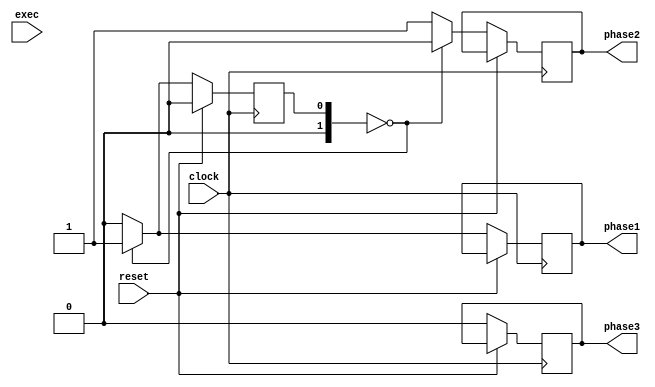
module phase_counter
(
	input clock,
	input reset,  //
	input exec,   //
	//input is_halt_commanded, //
	output reg phase1,
	output reg phase2,
	output reg phase3
);
	
	reg [1:0] count = 2'b00;
	//reg [1:0] isHalt = 1'b0;
	
	//phase
	always @(posedge clock /*or posedge reset*/) begin
		if(reset) begin 
			count <= 2'b00;
		end 
		/*else if(exec) begin
			isHalt <= ~isHalt;
		end*/
		else begin
			/*if(is_halt_commanded) begin
				isHalt <= 1'b1;
			end 
			if(isHalt) begin 
				//do nothing
			end
			else begin*/ 
				if(count == 2'b00) begin
					phase1 <= 1'b1;
					phase2 <= 1'b0;
					phase3 <= 1'b0;
					count <= 2'b01;
				end 
				else begin
					phase1 <= 1'b0;
					phase2 <= 1'b1;
					phase3 <= 1'b0;
					count <= 2'b00;
				end
				/*else if(count == 2'b01) begin
					phase1 <= 1'b0;
					phase2 <= 1'b1;
					phase3 <= 1'b0;
					count <= 2'b10;
				end 
				else begin 
					phase1 <= 1'b0;
					phase2 <= 1'b0;
					phase3 <= 1'b1;
					count <= 2'b00;
				end*/
			//end
		end
	end
	
endmodule